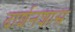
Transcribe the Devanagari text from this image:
दार्शनशास्र